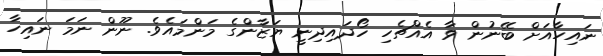
ނައިހާއަށް ބޭނުން ވާ އެއްޗެހި ހޯދައިދިނީ ޔަޒާންގެ މަންމައެވެ. ނޫން ނަމަ ނައިހާ